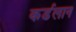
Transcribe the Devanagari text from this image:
कर्डलान